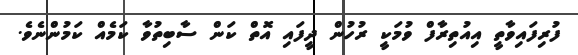
ފުރިފައިވާތީ އިއުތިރާފް ވުމަކީ ރުހުން ދީފައި އޮތް ކަން ސާބިތުވާ ކަމެއް ކަމުންނެވެ.